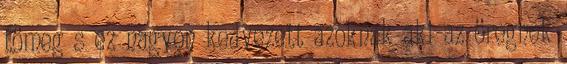
tömeg s ez nagyon kedvezett azoknak aki az öregnek